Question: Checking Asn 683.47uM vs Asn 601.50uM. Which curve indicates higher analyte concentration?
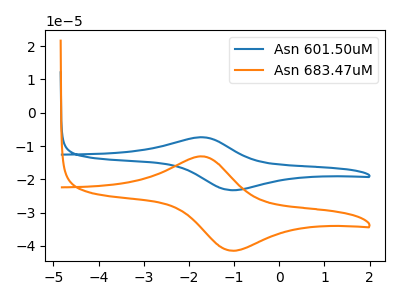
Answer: <think>The blue curve "Asn 601.50uM" has an anodic peak at (-1.75V, -7.35uA) and a cathodic peak at (-1.05V, -23.25uA). The orange curve "Asn 683.47uM" has an anodic peak at (-1.75V, -13.10uA) and a cathodic peak at (-1.05V, -41.45uA).
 All the peaks in "Asn 683.47uM" have a peak in "Asn 601.50uM" at the same potential.</think>
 <answer>I cant tell if "Asn 683.47uM" or "Asn 601.50uM" has higher concentration.</answer>
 <eval>mixed_concentration</eval>